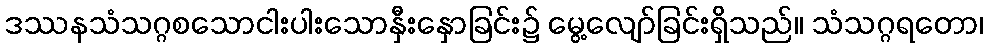
ဒဿနသံသဂ္ဂစသောငါးပါးသောနှီးနှောခြင်း၌ မွေ့လျော်ခြင်းရှိသည်။ သံသဂ္ဂရတော၊